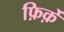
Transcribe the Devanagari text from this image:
फ़िर्क़े